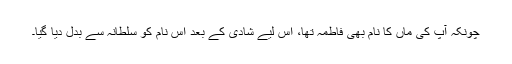
چونکہ آپ کی ماں کا نام بھی فاطمہ تھا، اس لیے شادی کے بعد اس نام کو سلطانہ سے بدل دیا گیا۔